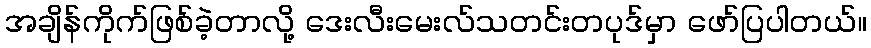
အချိန်ကိုက်ဖြစ်ခဲ့တာလို့ ဒေးလီးမေးလ်သတင်းတပုဒ်မှာ ဖော်ပြပါတယ်။